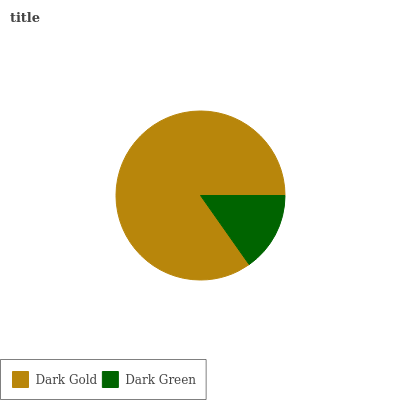
| Dark Gold | Dark Green |
 | --- | --- |
 | 84.8% | 15.2% |